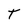
Character: T